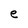
Character: e